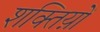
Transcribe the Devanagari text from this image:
शक्तिय़ों